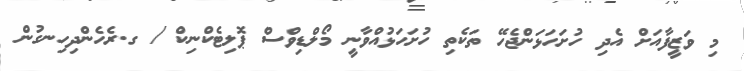
މި ވަޒީފާއަށް އެދި ހުށަހަޅަންޖެހޭ ތަކެތި ހުށަހަޅުއްވާނީ މޯލްޑިވްސް ޕޮލިޓެކްނިކް / ގ.ރެހެންދިހިނގުން